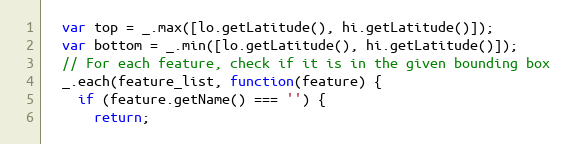
Language: JavaScript
  var top = _.max([lo.getLatitude(), hi.getLatitude()]);
  var bottom = _.min([lo.getLatitude(), hi.getLatitude()]);
  // For each feature, check if it is in the given bounding box
  _.each(feature_list, function(feature) {
    if (feature.getName() === '') {
      return;